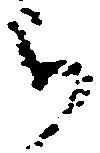
被